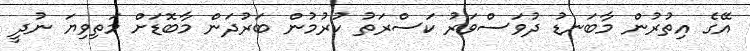
އޭގެ އިތުރުން މާބަނޑު ދުވަސްވަރު ކަސްރަތު ކުރުމުން ބަރުދަން މާބޮޑަށް މަތިވިޔަ ނުދީ